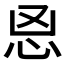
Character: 𰑉